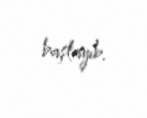
başlayıb.